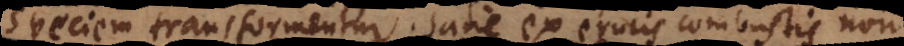
speciem transformentur. Sane ex erucis combustis non